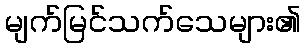
မျက်မြင်သက်သေများ၏